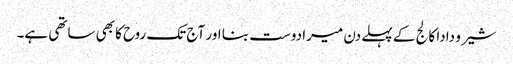
شیرو دادا کالج کے پہلے دن میرا دوست بنا اور آج تک روح کا بھی ساتھی ہے۔